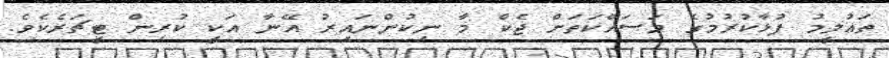
ތައުލީމު ފުޅާކުރުމުގެ މަސައްކަތަށް ޖެކް މާ ނިކުންނައިރު އޭނާ އަކީ ކުރިން ޓީޗަރެކެވެ.